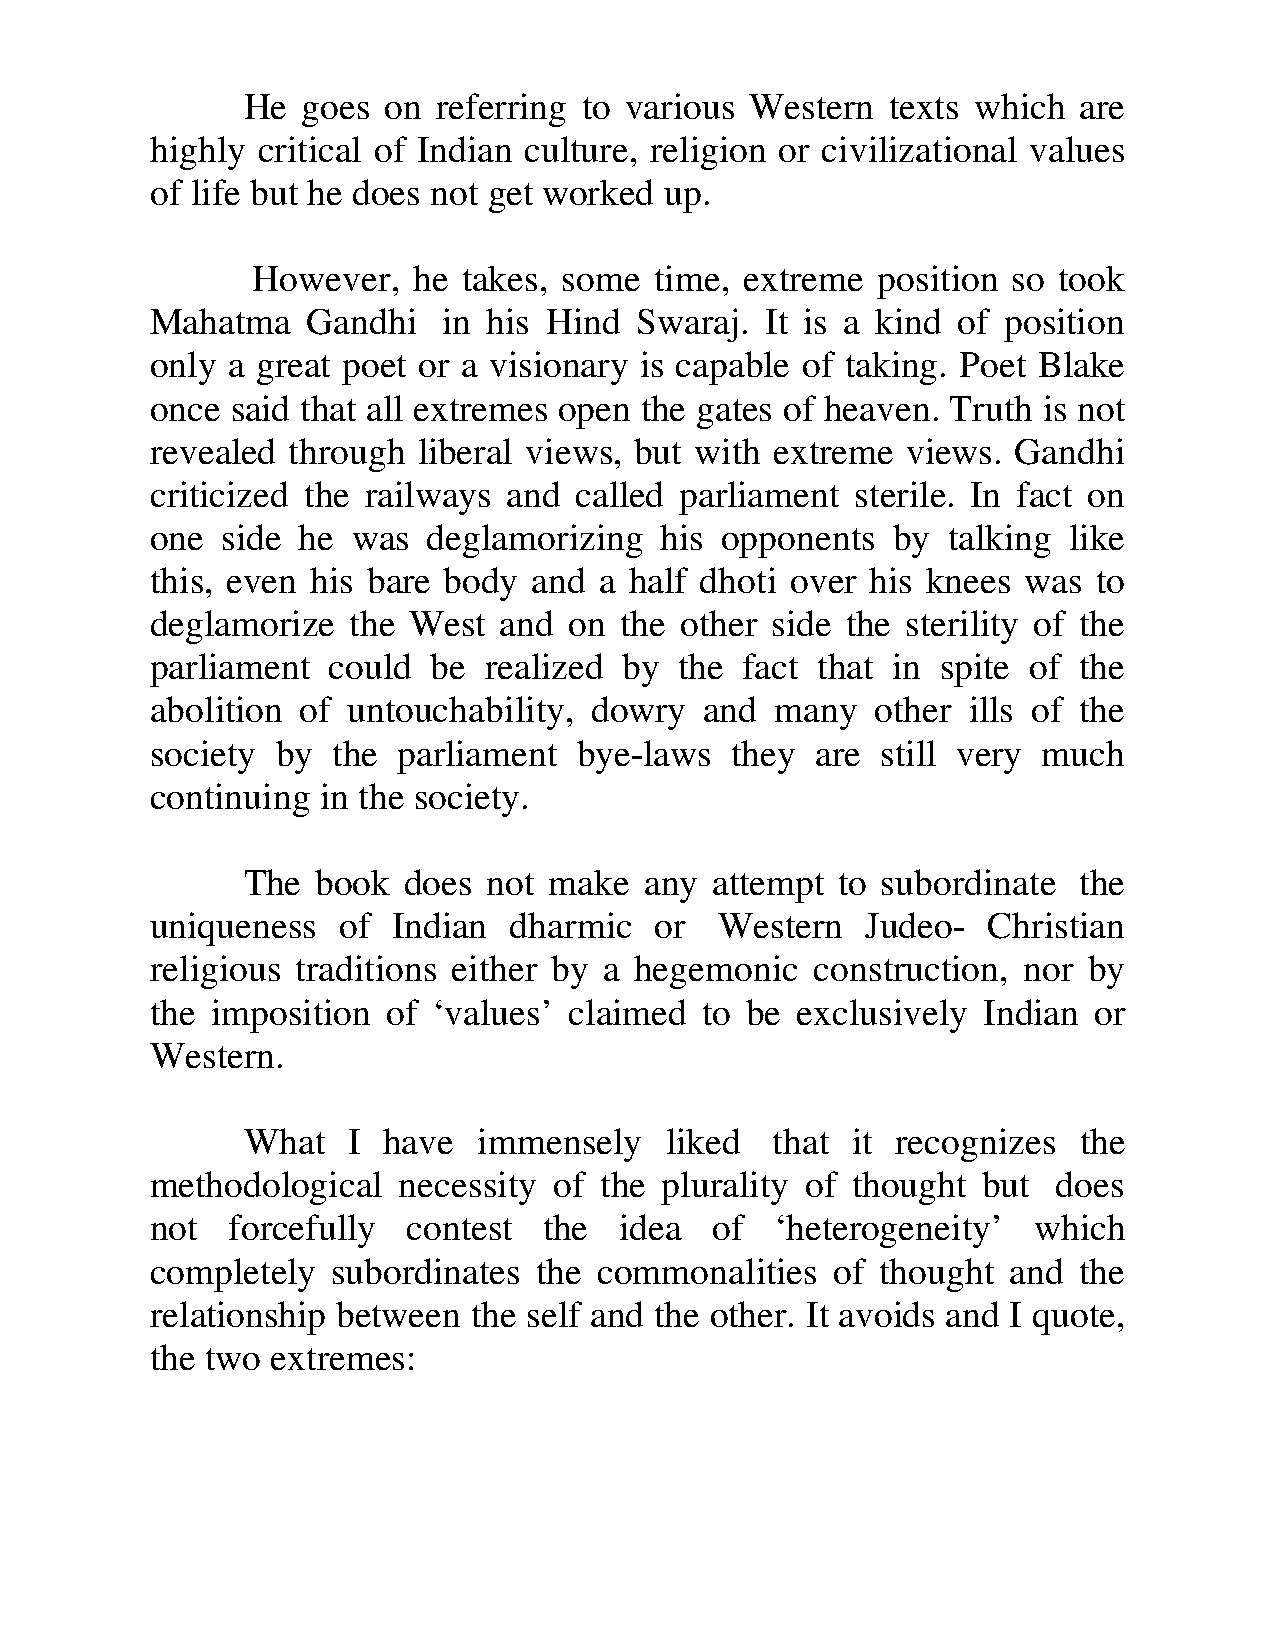
He  goes on  referring to various Western  texts which are
 highly critical of Indian culture, religion or civilizational values
 of life but he does not get worked up.
 However,  he  takes, some time, extreme  position so took
 Mahatma   Gandhi   in his Hind  Swaraj.  It is a kind of position
 only a great poet or a visionary is capable of taking. Poet Blake
 once said that all extremes open the gates of heaven. Truth is not
 revealed through  liberal views, but with extreme views. Gandhi
 criticized the railways and called parliament  sterile. In fact on
 one  side he was  deglamorizing   his opponents  by  talking like
 this, even his bare body and  a half dhoti over his knees was  to
 deglamorize  the West  and  on the other side the sterility of the
 parliament  could  be realized by  the fact that in spite of the
 abolition of untouchability, dowry   and many   other ills of the
 society by  the parliament  bye-laws  they  are still very much
 continuing in the society.
 The  book  does not make   any attempt to subordinate  the
 uniqueness  of  Indian  dharmic  or   Western  Judeo-  Christian
 religious traditions either by a hegemonic  construction, nor by
 the imposition  of ‘values’ claimed  to be exclusively Indian or
 Western.
 What   I have   immensely   liked  that it recognizes  the
 methodological  necessity  of the plurality of thought but  does
 not  forcefully  contest  the  idea  of  ‘heterogeneity’  which
 completely  subordinates  the commonalities  of thought  and the
 relationship between the self and the other. It avoids and I quote,
 the two extremes: